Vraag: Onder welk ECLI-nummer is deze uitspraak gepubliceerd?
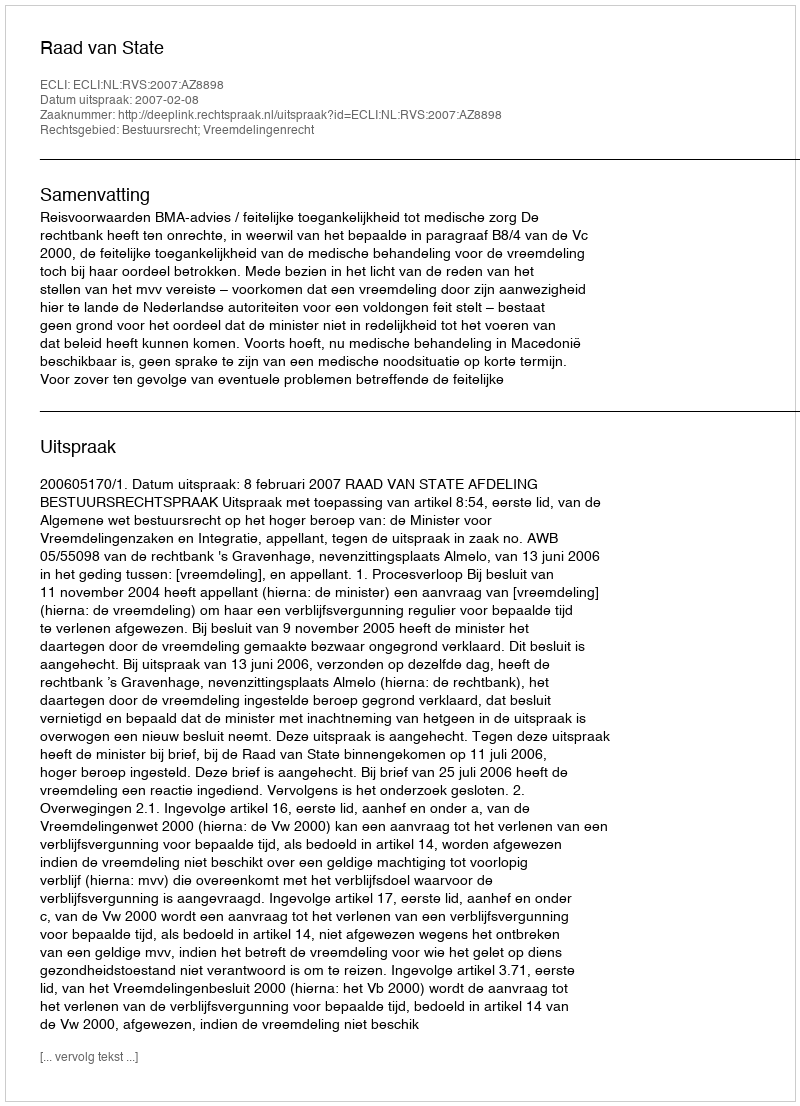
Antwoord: ECLI:NL:RVS:2007:AZ8898